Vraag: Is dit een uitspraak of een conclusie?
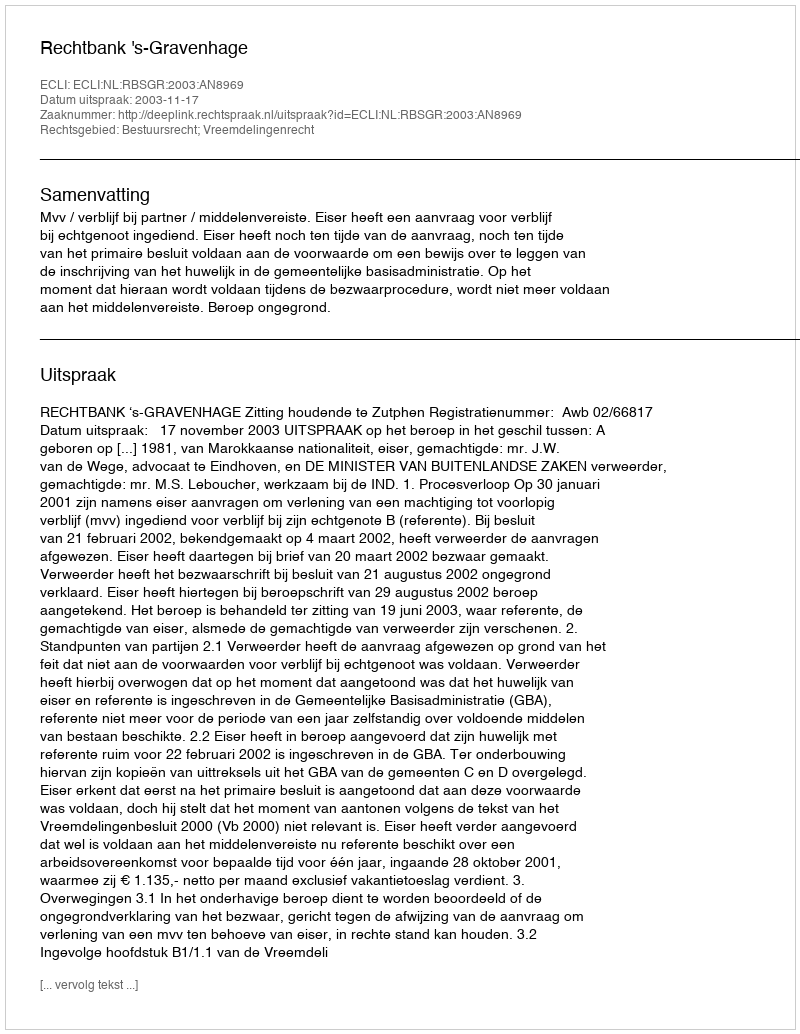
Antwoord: Uitspraak